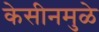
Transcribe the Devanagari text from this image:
केसीनमुळे